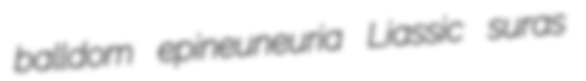
balldom epineuneuria Liassic suras